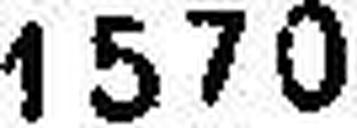
1570